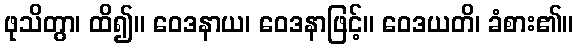
ဖုသိတွာ၊ ထိ၍။ ဝေဒနာယ၊ ဝေဒနာဖြင့်။ ဝေဒယတိ၊ ခံစား၏။